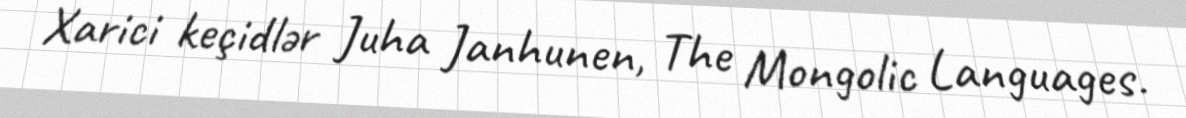
Xarici keçidlər Juha Janhunen, The Mongolic Languages.